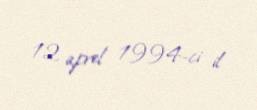
12 aprel 1994-ci il